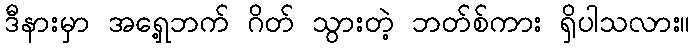
ဒီနားမှာ အရှေ့ဘက် ဂိတ် သွားတဲ့ ဘတ်စ်ကား ရှိပါသလား။